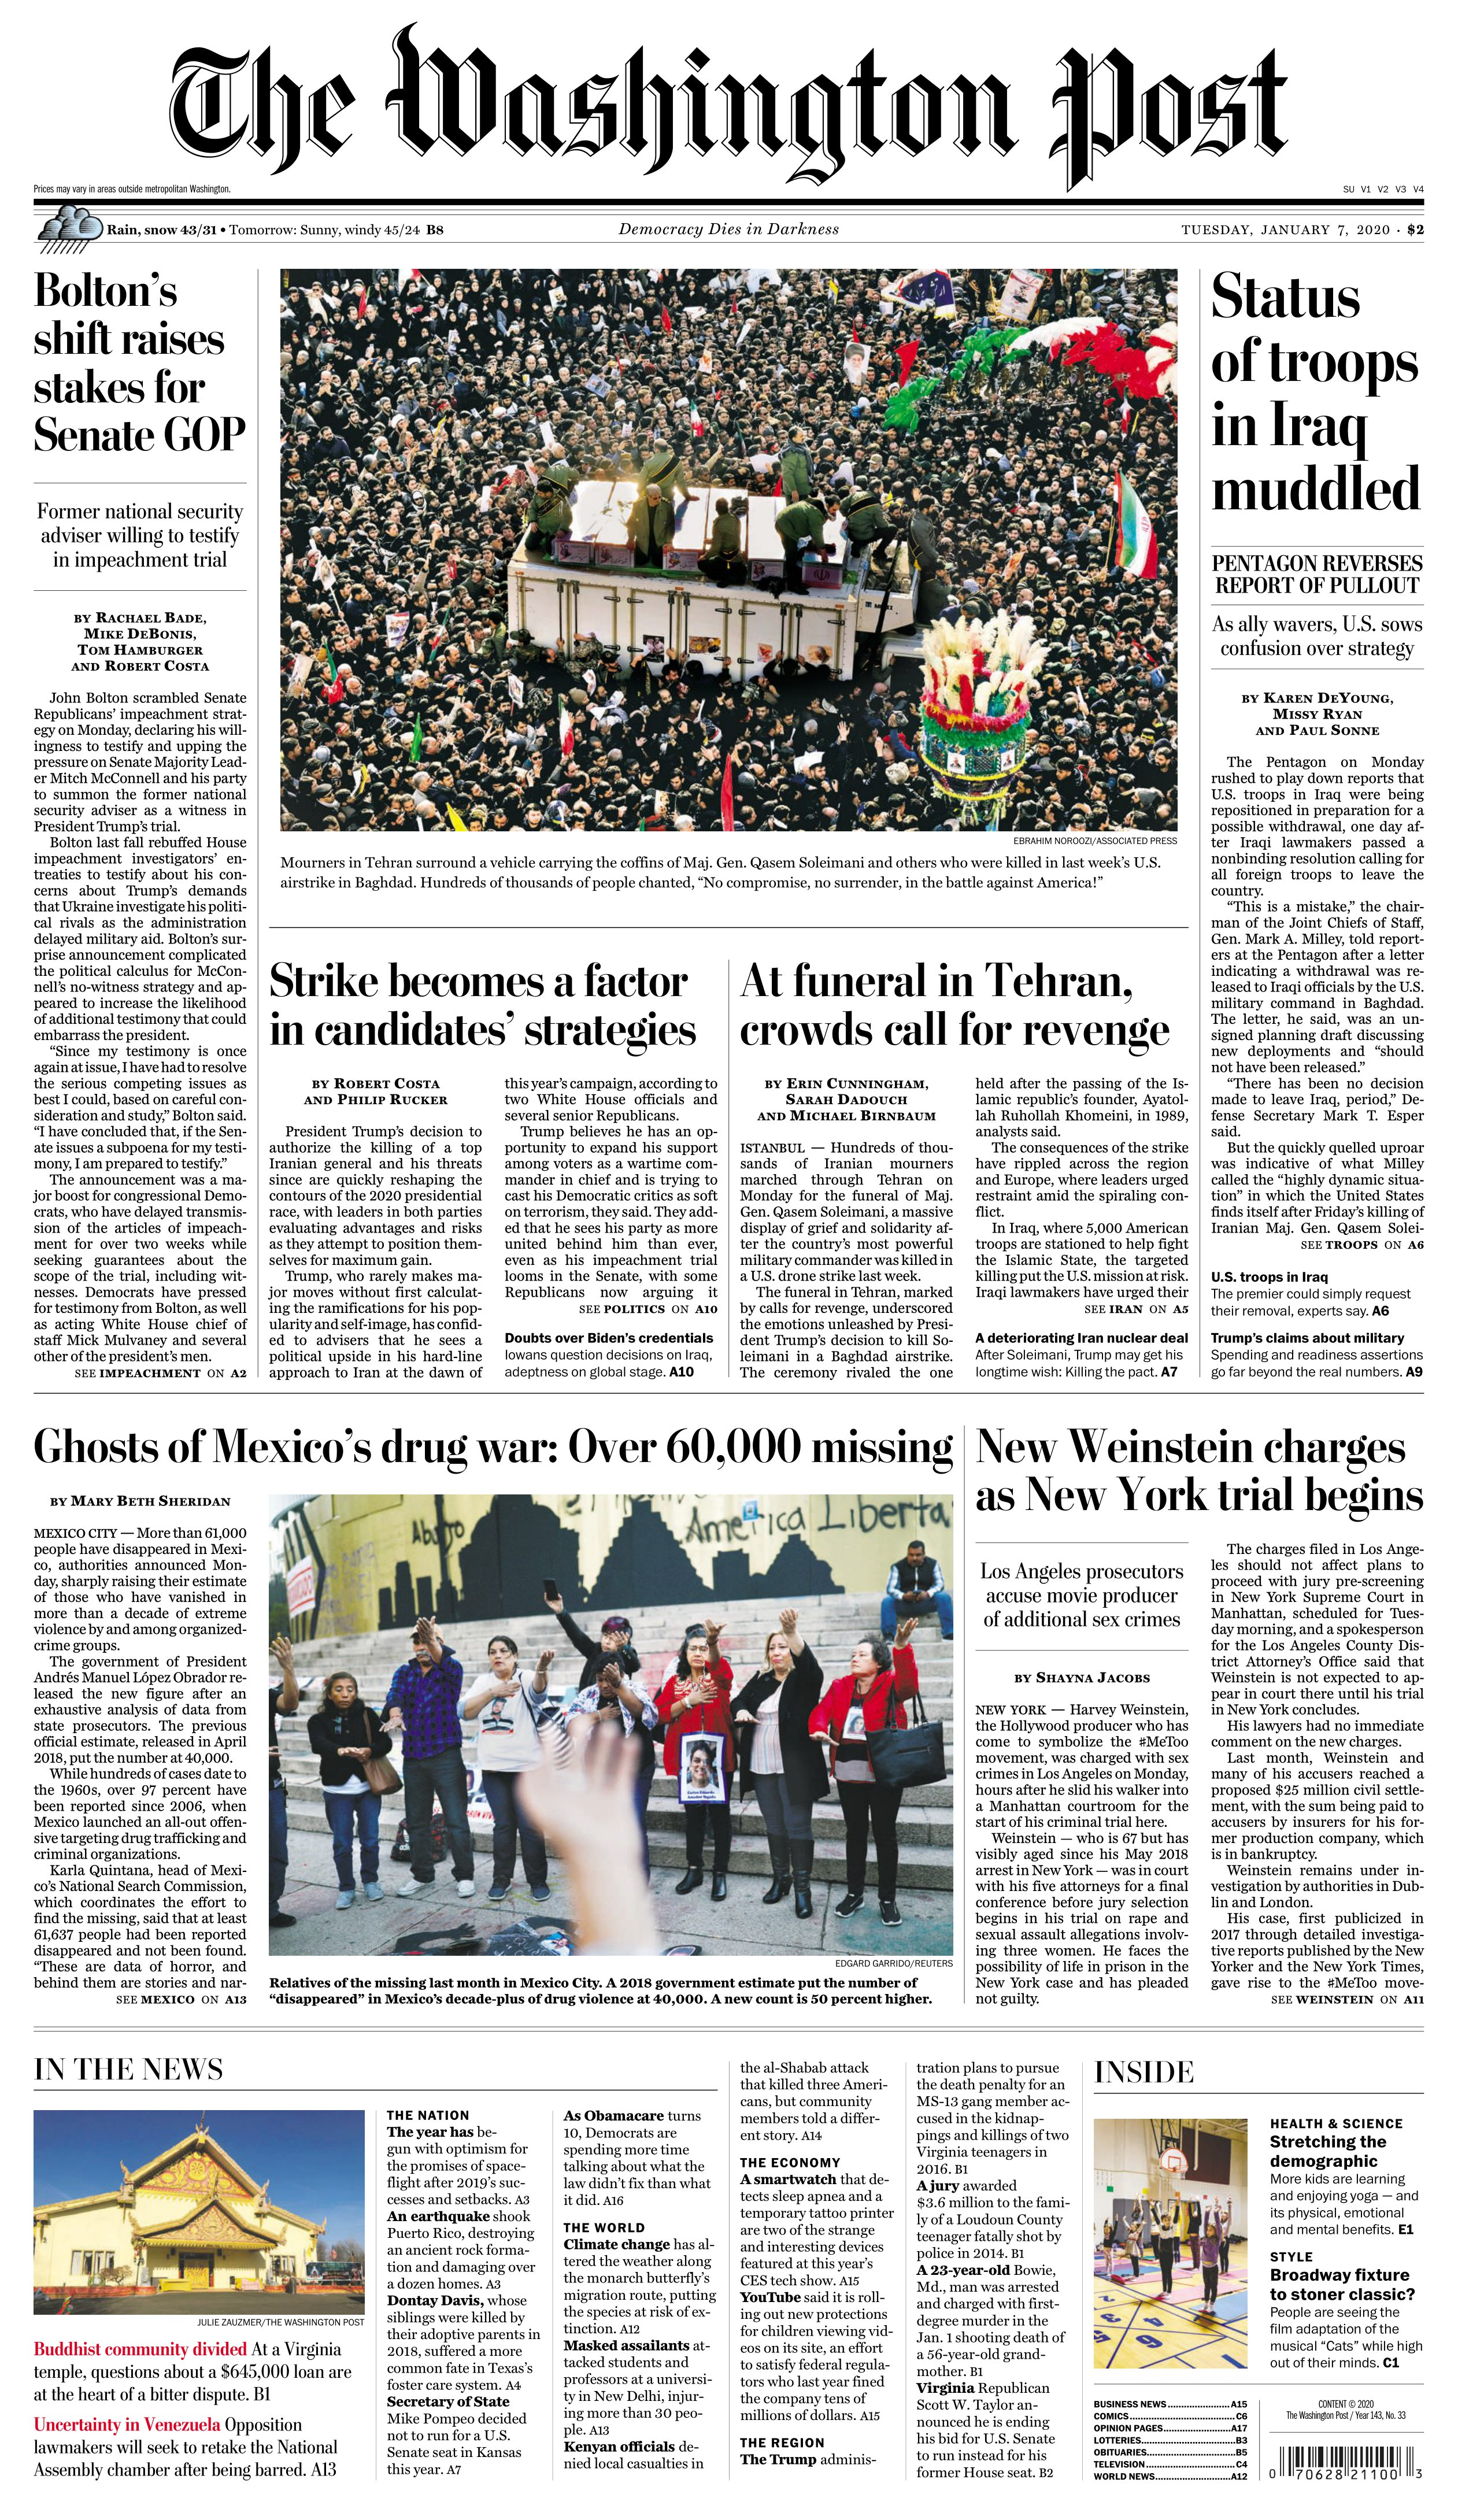
Language: en